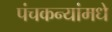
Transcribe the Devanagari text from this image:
पंचकन्यांमधे